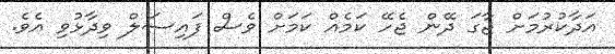
އަދާކުރުމަށް ޖާގަ ދޭން ޖެހޭ ކަމެއް ކަމަށް ވެސް ފައިސަލް ވިދާޅުވި އެވެ.